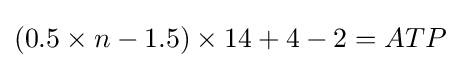
(0.5\times n-1.5)\times 14+4-2=ATP